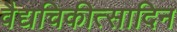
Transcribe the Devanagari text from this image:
वैद्यचिकीत्सादिन